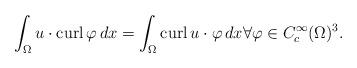
LaTeX: \begin{align*} \int_\Omega u \cdot \operatorname{curl}\varphi \, dx = \int_\Omega \operatorname{curl} u \cdot \varphi \, dx \forall \varphi \in C^\infty_c(\Omega)^3.\end{align*}